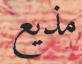
مذيع